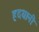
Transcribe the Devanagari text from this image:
हदयानी